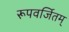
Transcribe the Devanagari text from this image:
रूपवर्जितम्